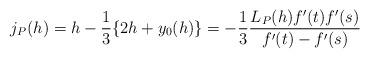
LaTeX: \begin{align*}j_P(h)=h-\frac{1}{3}\{2h+y_0(h)\}=-\frac{1}{3}\frac{L_P(h)f'(t)f'(s)}{ f'(t)-f'(s)} \end{align*}